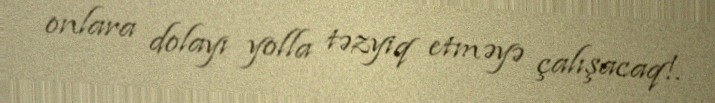
onlara dolayı yolla təzyiq etməyə çalışacaq!.